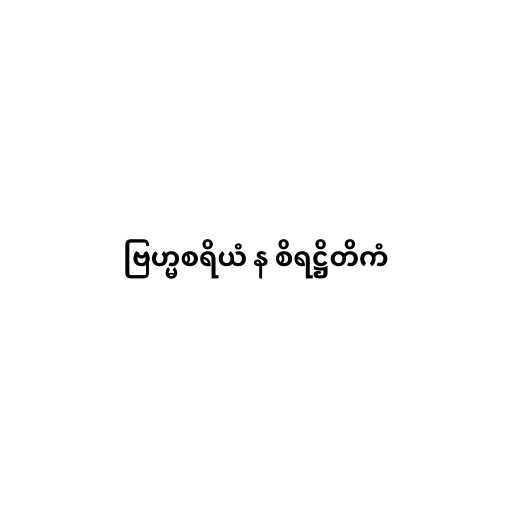
ဗြဟ္မစရိယံ န စိရဋ္ဌိတိကံ